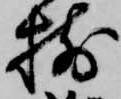
揃